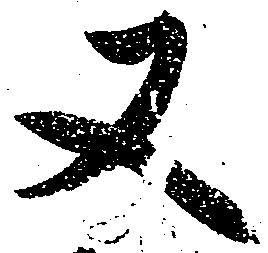
又